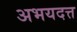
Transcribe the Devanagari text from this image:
अभयदत्त